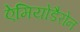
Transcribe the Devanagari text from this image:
ऐमियोडैरोन